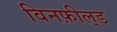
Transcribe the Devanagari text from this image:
विनफ़ील्‌ड